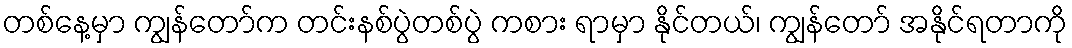
တစ်နေ့မှာ ကျွန်တော်က တင်းနစ်ပွဲတစ်ပွဲ ကစား ရာမှာ နိုင်တယ်၊ ကျွန်တော် အနိုင်ရတာကို